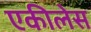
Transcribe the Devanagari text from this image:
एकीलेस